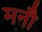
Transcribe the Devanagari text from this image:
मनौ